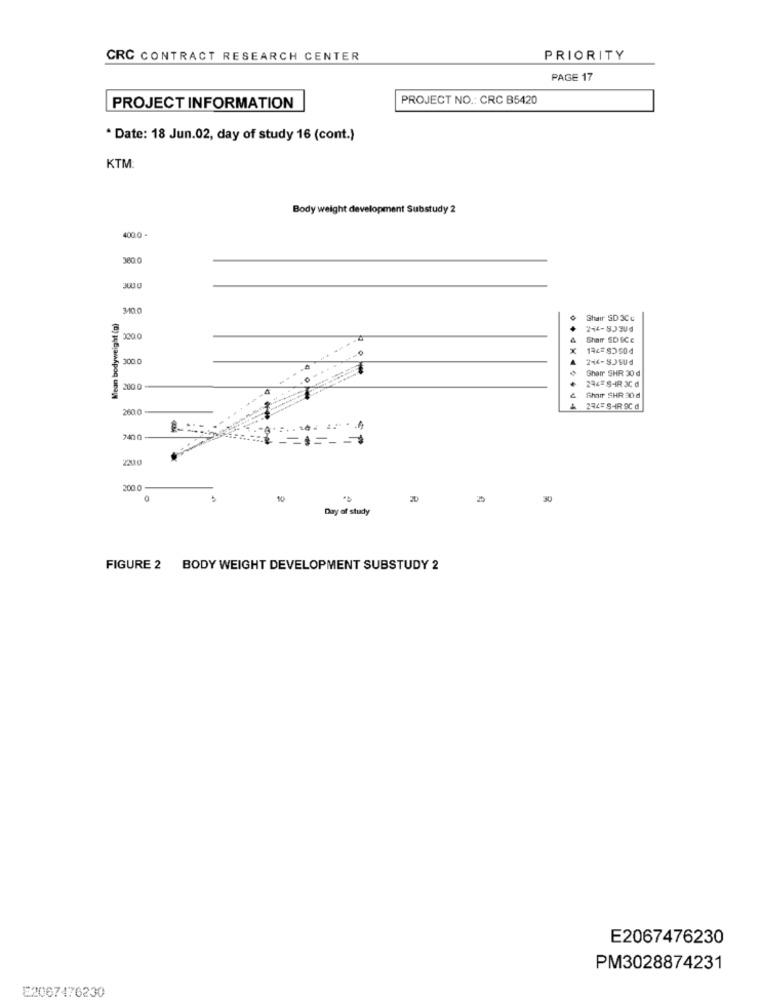
CRC CONTRACT RESEARCH CENTER
PRIORITY
PAGE 17
PROJECT NO .: CRC B5420
PROJECT INFORMATION
* Date: 18 Jun.02, day of study 16 (cont.)
KTM:
Body weight development Substudy 2
400.0
380 0
300
Mean bodyweight (p)
Shair SD 3Cc
4
Shar SDICc
300.0
4
Shar SHIR 30 d
2800
294 S-IR 3C d
Shar SHR 30 d
260.0
244# SHIR 9C d
...
240 0
200.0
20
30
Day of study
FIGURE 2 BODY WEIGHT DEVELOPMENT SUBSTUDY 2
E2067476230
PM3028874231
E2067476230